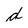
Character: d